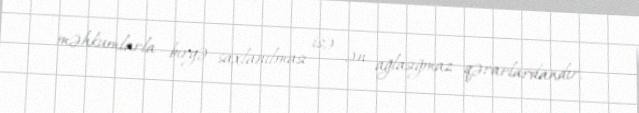
məhkumlarla birgə saxlanılması isə ən ağlasığmaz qərarlardandır.